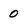
Character: 0